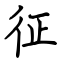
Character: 征